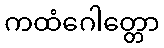
ကထံဂေါတ္တော